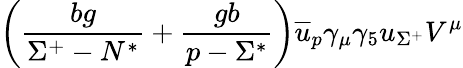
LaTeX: \left(\frac{bg}{\Sigma^{+}-N^{*}}+\frac{gb}{p-\Sigma^{*}}\right)\overline{{{u}}}_{p}\gamma_{\mu}\gamma_{5}u_{\Sigma^{+}}V^{\mu}